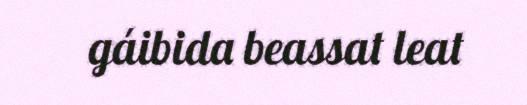
gáibida beassat leat